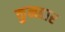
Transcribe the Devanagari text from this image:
कुनहार